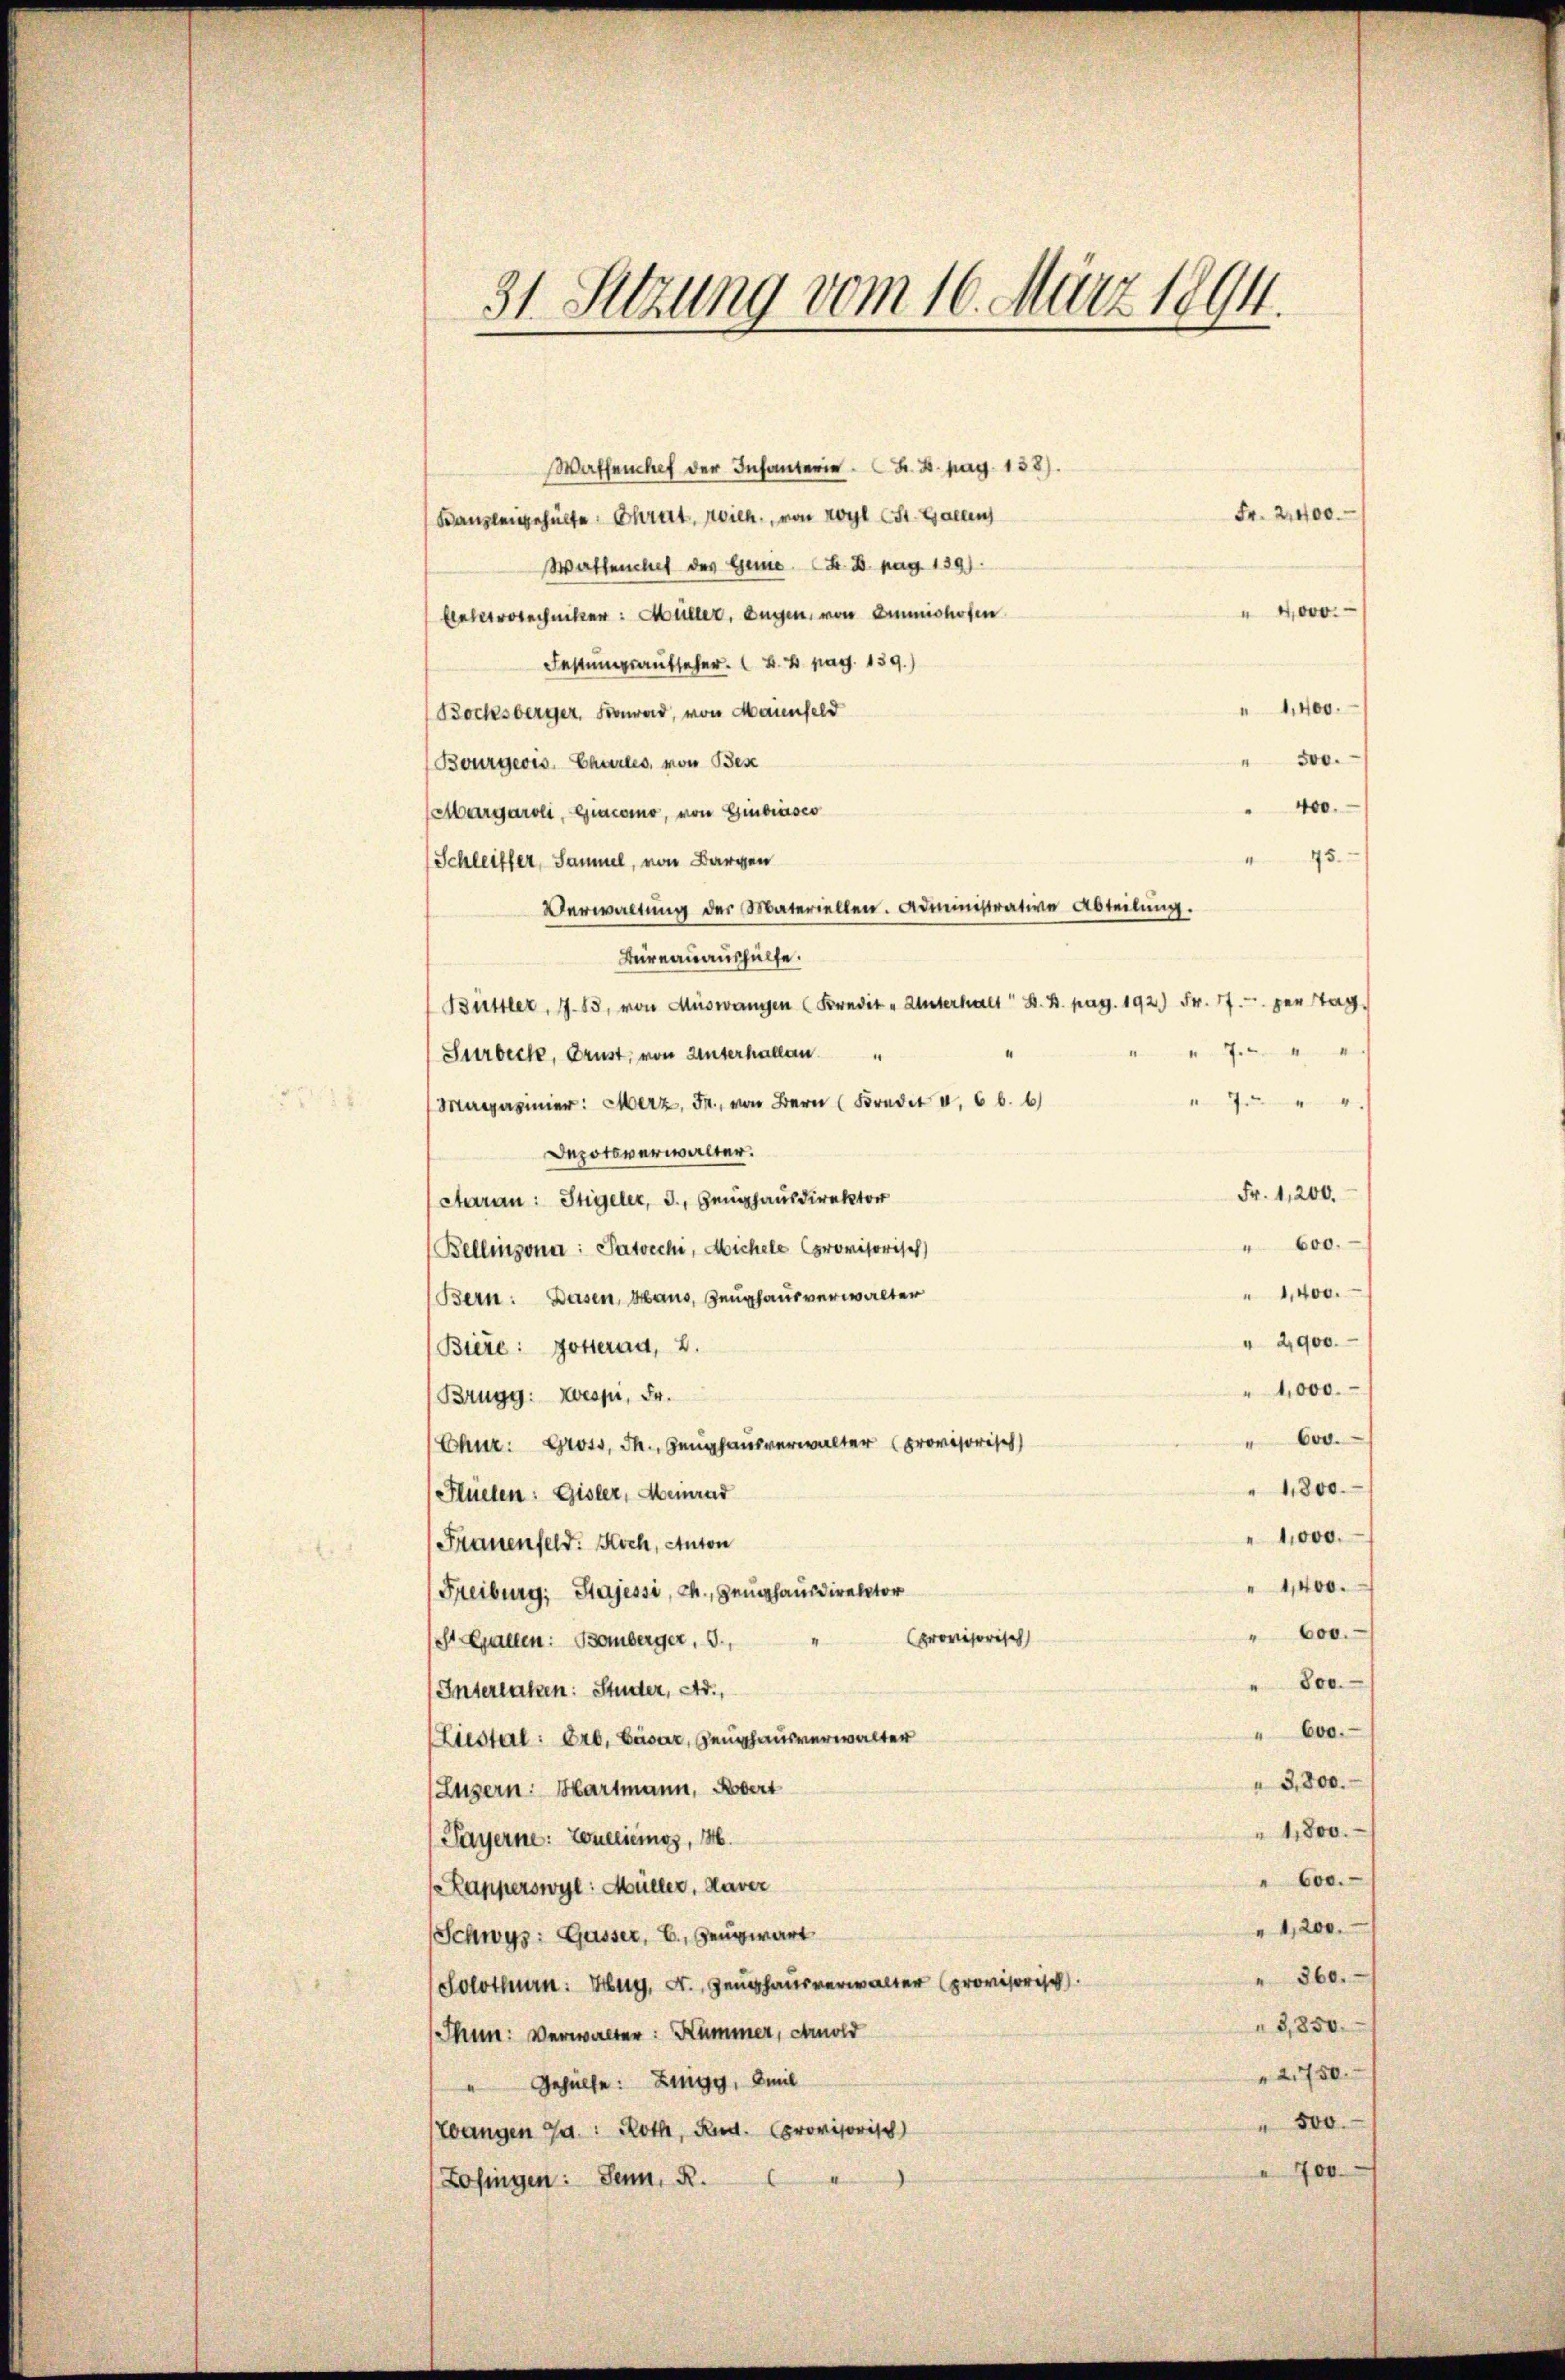
Waffenhef der Infanteria Fr. 4. pag. 138).
Fr. 21400.
Kanzleigehülfe. Chrat, ich, von royl (St. Gallen
Wattenches des Genie (F. D. pag. 139).
" 4000.
Eleterotechniker: Müller, Eugen, von Einmishofen
Festungsaufseher. B. 4. pag. 139.)
1,400.
(Bochsberger, Bonvard, von Maienfeld
" 500.
Bourgeois, Charles, von Bese
400.
Margaroli, Giacomo, von Giubiasco
95.
Schleiffer, Sammel, von Bargen
Verwaltŭng der Materiellen. Administrative Abteilŭng.
Büreauaushülfe.
Büstler, 7. 13, von Auswangen (Predit „Unterhalt H. B. pag. 192) Fr. 17. u. perstag,
" 704
Surbeck, Brust, von Unterhallen
Ju
Magazinier: Merz, Fr., von Bern (Fradt I 66. 6)
Depotsverwalter.
Fr. 1,200.
Aaran: Sigeler, 3., Zeughausdirektor
" 600.
Bellinzona: Patocchi, Michele provisorisch)
1,400.
Bern: Dasen, Haus, Zeughausverwalter
" 2,900.
Biere: Gotteran, 2.
"1,000.
Brugg: Wespi, Fr.
600.
Chur: Gross, dh., Zeughausverwalter (provisorisch
" 1800.
Flüelen: Gisler, Heinrad
"1,000.
Frauenfeld: Koch, Anton
" 1400.
Freiburg, Stajessi, ch., Zeughausdirector
600.
provisorisch
St. Gallen: Bamberger, 3.,
" 800.
Interlaken: Studer, Ad.,
" 600.
(Liestal: Erb. Cäsar, Zeughausverwalter
3,800.
Luzern: Hartmann, Robert
1,800.
Payerne: Zouerimes, 16.
" 600.
Kapperswyl: Müller, daver
"1,200.
Schwyz: Gasser, E., Zeugwart
" 360.
(Solothurn: Hug, A. Zeughausverwalter (provisorisch
3,850.
Thun: Verwalter: Kümmer, camold
21750.
"Gehülle: Zingg, Amil
500
Ebangen Ja.: Roth, Rud. provisorisch
700
Lofingen: Senn, R.

31. Setzung vom 16. März 1894.